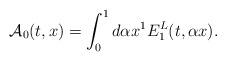
LaTeX: \begin{align*}{\cal A}_0 (t,x) = \int_0^1 {d\alpha } x^1 E_1^L (t,\alpha x) .\end{align*}